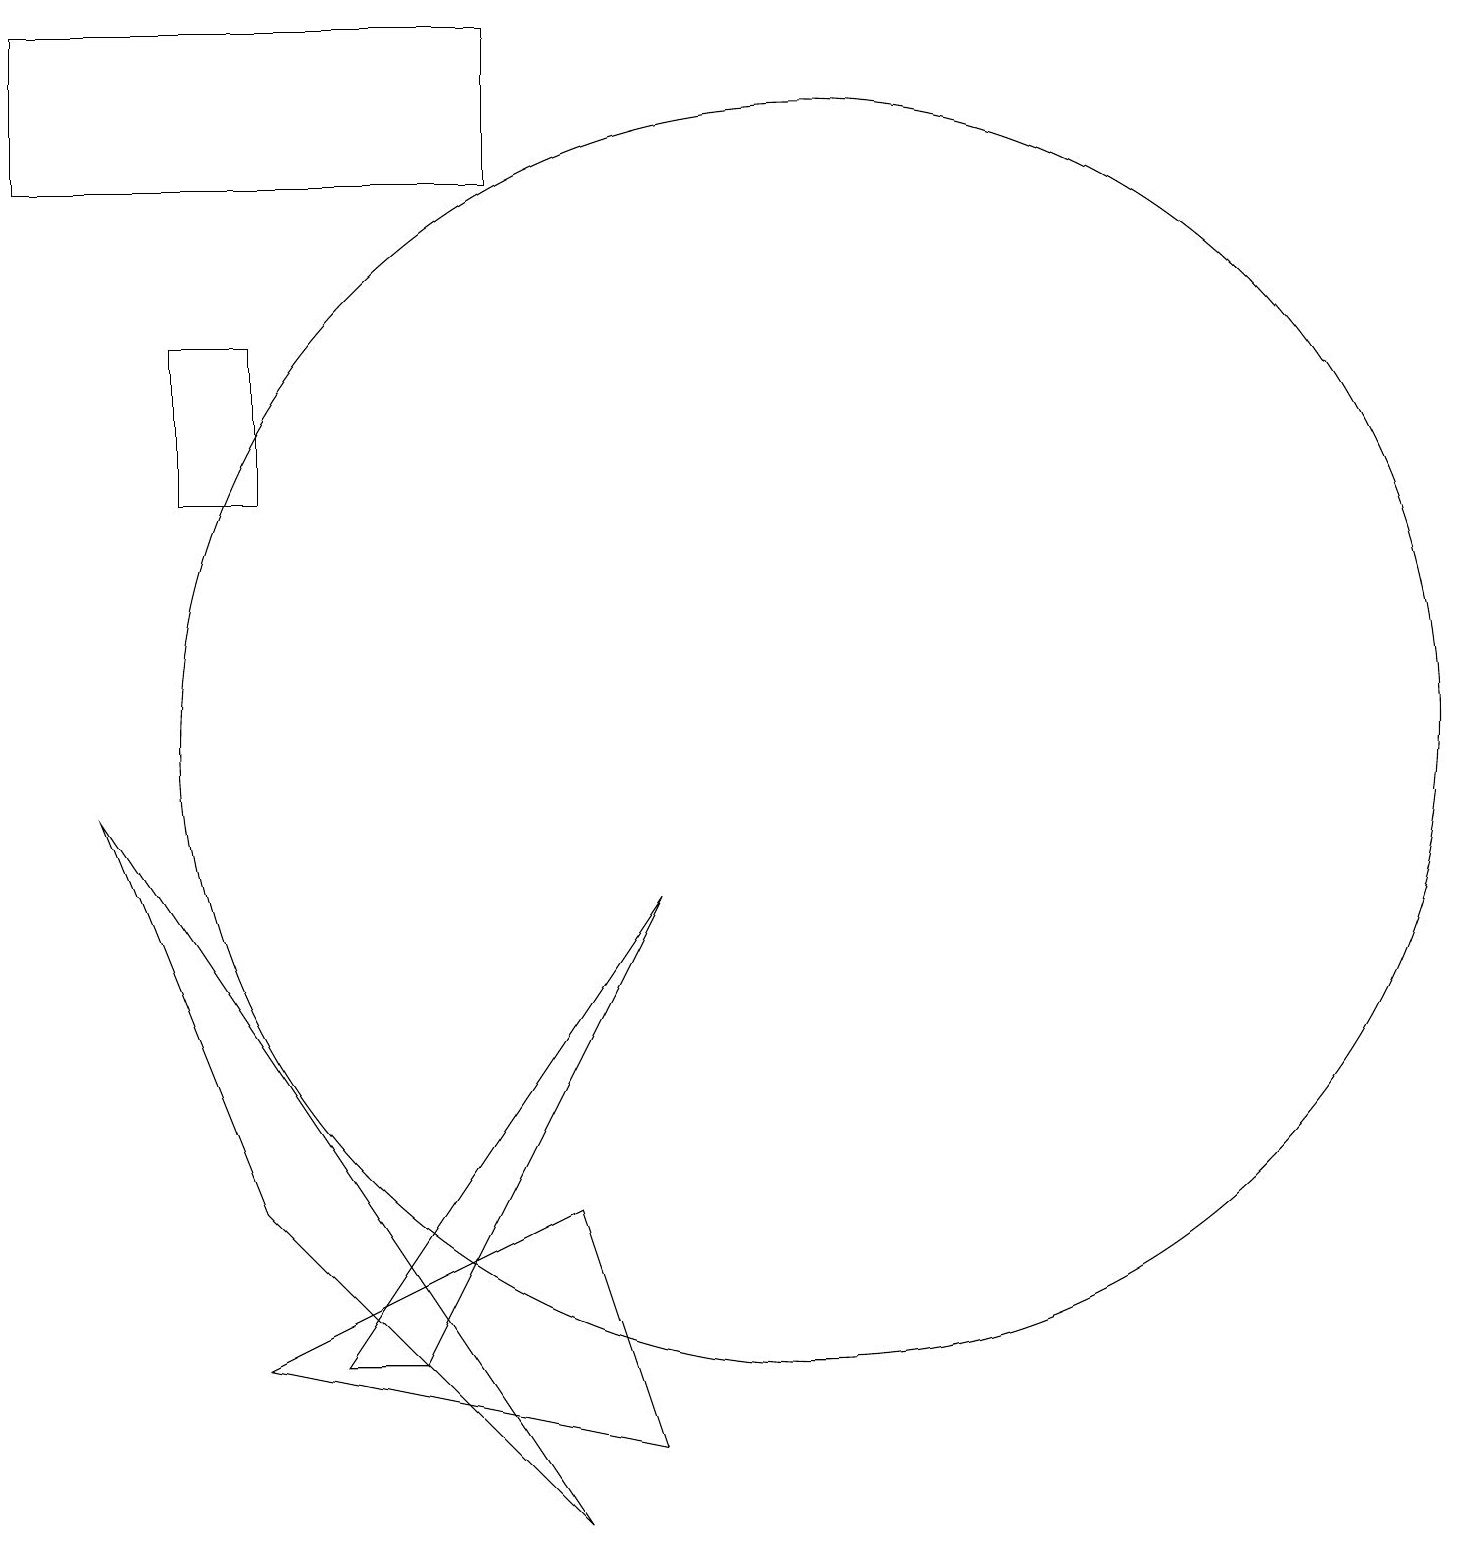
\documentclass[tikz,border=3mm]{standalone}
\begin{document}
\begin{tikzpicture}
\draw (5,2) -- (8,8) -- (4,2) -- cycle;
\draw (0,19) rectangle (6,17);
\draw (7,0) -- (1,9) -- (3,4) -- cycle;
\draw (8,1) -- (7,4) -- (3,2) -- cycle;
\draw (4,17) rectangle (1,17);
\draw (2,13) rectangle (3,15);
\draw (10,10) circle (8);
\draw (7,16) rectangle (7,16);
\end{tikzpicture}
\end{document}